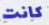
كانت